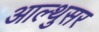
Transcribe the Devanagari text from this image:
आल्थुसर